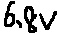
Text: 6.8v